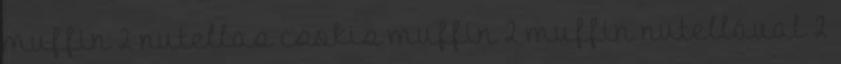
muffin 2 nutellas csokis muffin 2 muffin nutellával 2